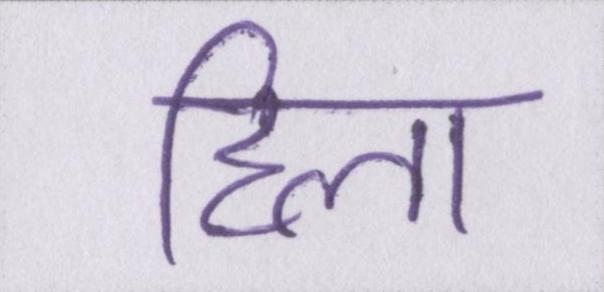
हिला